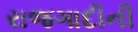
રાજગાદીની